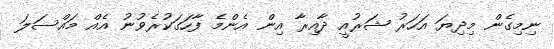
ނިމިގެން މިދިޔަ އަހަރު ޝަރުއީ ދާއިރާ އިން އެންމެ ފާހަގަކުރެވުނު އެއް މައްސަލަ